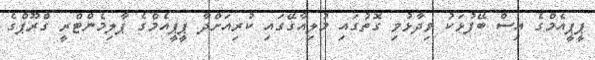
ޕީޕީއެމްގެ އިސް ބޭފުޅަކު ވިދާޅުވި ގޮތުގައި މުލިއާގޭގައި ކުރިއަށްދާ ޕީޕީއެމްގެ ޕާލިމެންޓްރީ ގްރޫޕްގެ